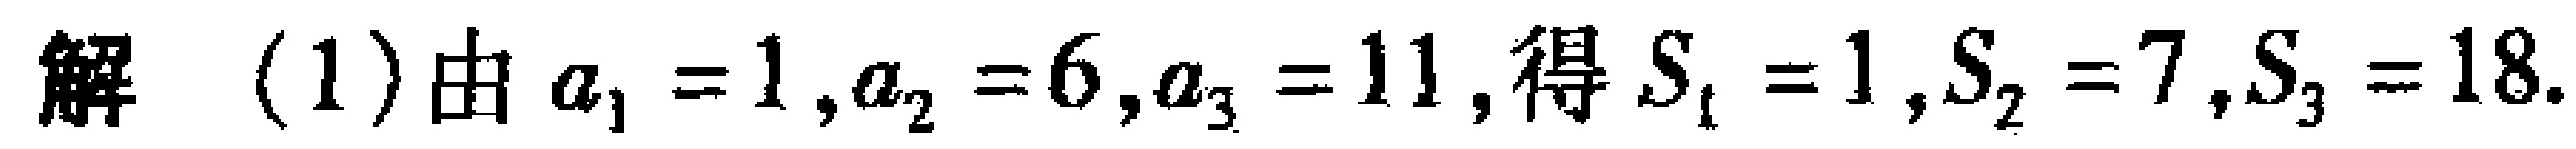
解 (1)由$a_{1}=1,a_{2}=6,a_{3}=11$,得$S_{1}=1,S_{2}=7,S_{3}=18$.